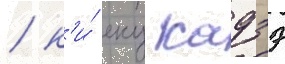
/ к'и́ еку кадзэ